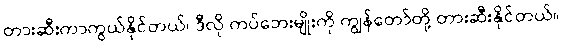
တားဆီးကာကွယ်နိုင်တယ်၊ ဒီလို ကပ်ဘေးမျိုးကို ကျွန်တော်တို့ တားဆီးနိုင်တယ်။